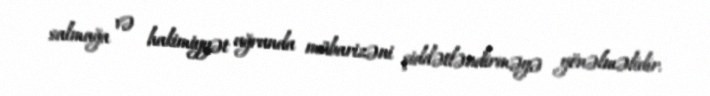
salmağa və hakimiyyət uğrunda mübarizəni şiddətləndirməyə yönəlməlidir.